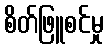
စိတ်ဖြူစင်မှု